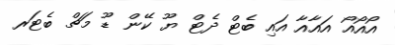
އޯއޯއޯ އައާއާ އައި ބެޓް ދެޓް ޔޫ ކޭން ޑޫ މަޗް ބެޓަރ